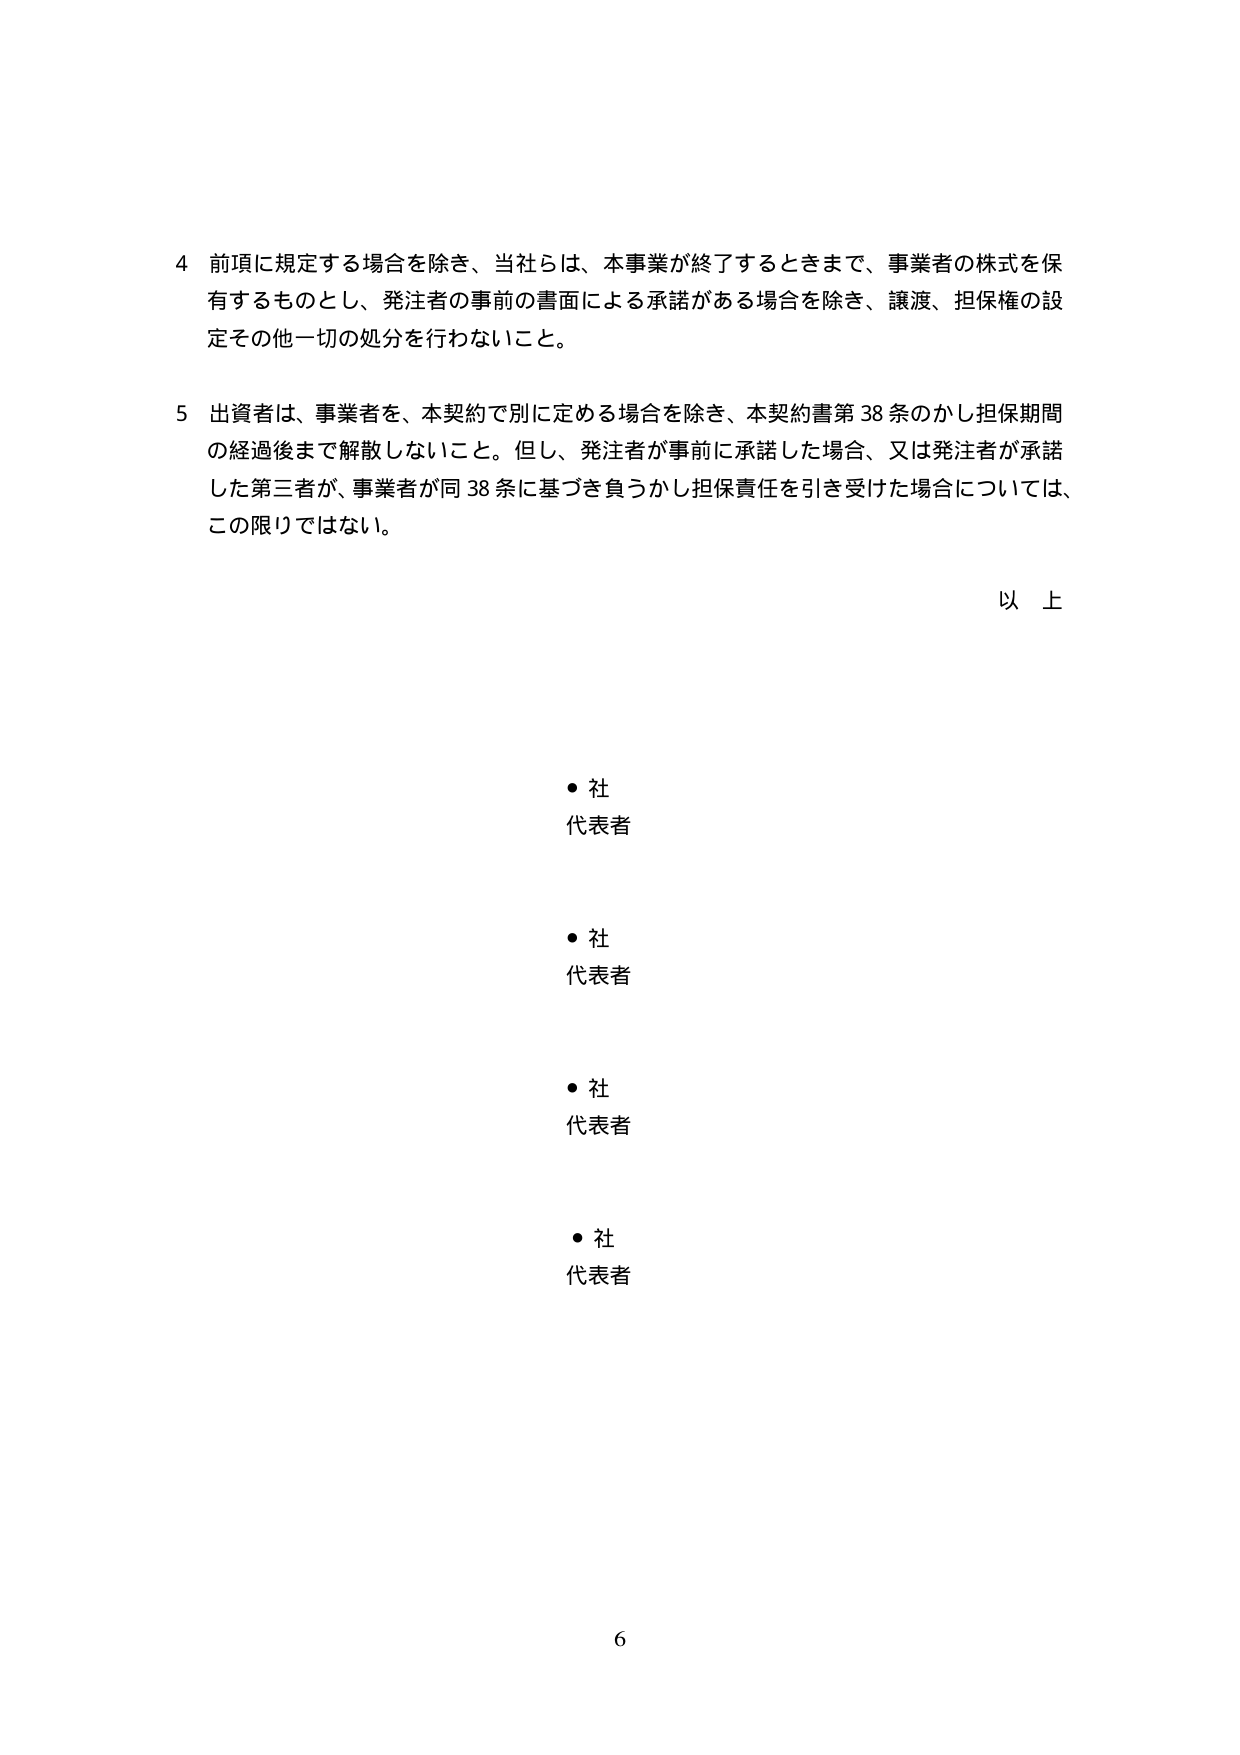
4 前項に規定する場合を除き、当社らは、本事業が終了するときまで、事業者の株式を保有するものとし、発注者の事前の書面による承諾がある場合を除き、譲渡、担保権の設定その他一切の処分を行わないこと。

5 出資者は、事業者を、本契約で別に定める場合を除き、本契約書第38条のかし担保期間の経過後まで解散しないこと。但し、発注者が事前に承諾した場合、又は発注者が承諾した第三者が、事業者が同38条に基づき負うかし担保責任を引き受けた場合については、この限りではない。

以上

・社
代表者

・社
代表者

・社
代表者

・社
代表者

6